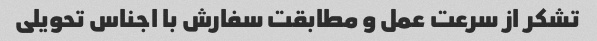
تشکر از سرعت عمل و مطابقت سفارش با اجناس تحویلی